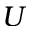
U